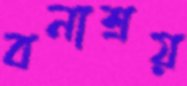
বনাশ্রয়